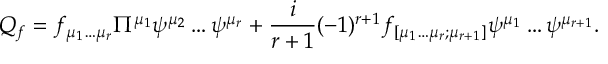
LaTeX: Q _ { f } = f _ { \mu _ { 1 } \dots \mu _ { r } } \Pi ^ { \mu _ { 1 } } \psi ^ { \mu _ { 2 } } \dots \psi ^ { \mu _ { r } } + \frac { i } { r + 1 } ( - 1 ) ^ { r + 1 } f _ { [ \mu _ { 1 } \dots \mu _ { r } ; \mu _ { r + 1 } ] } \psi ^ { \mu _ { 1 } } \dots \psi ^ { \mu _ { r + 1 } } . \nonumber